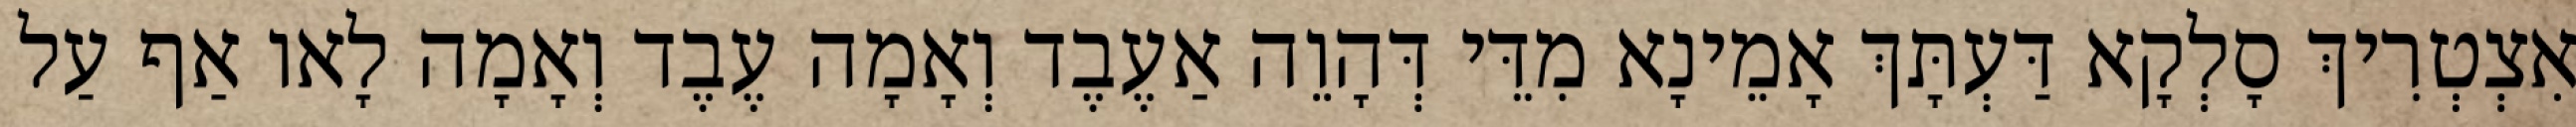
אִצְטְרִיךְ סָלְקָא דַּעְתָּךְ אָמֵינָא מִדֵּי דְּהָוֵה אַעֶבֶד וְאָמָה עֶבֶד וְאָמָה לָאו אַף עַל